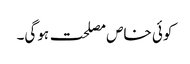
کوئی خاص مصلحت ہوگی۔